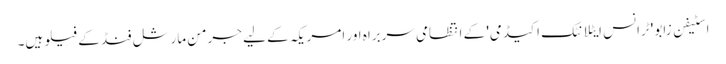
اسٹیفن زابو 'ٹرانس ایٹلانٹک اکیڈمی' کے انتظامی سربراہ اور امریکہ کے لیے جرمن مارشل فنڈ کے فیلو ہیں۔